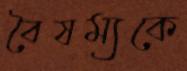
বৈষম্যকে